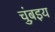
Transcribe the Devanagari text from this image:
चुंब़इय